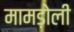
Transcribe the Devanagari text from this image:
मामड़ोली